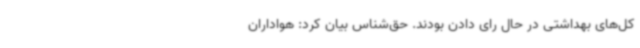
کل‌های بهداشتی در حال رای دادن بودند. حق‌شناس بیان کرد: هواداران